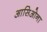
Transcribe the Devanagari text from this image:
आसिओना